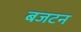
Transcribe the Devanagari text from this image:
बजटन